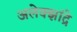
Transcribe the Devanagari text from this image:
अलेक्झांद्रे